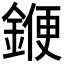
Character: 𨩫